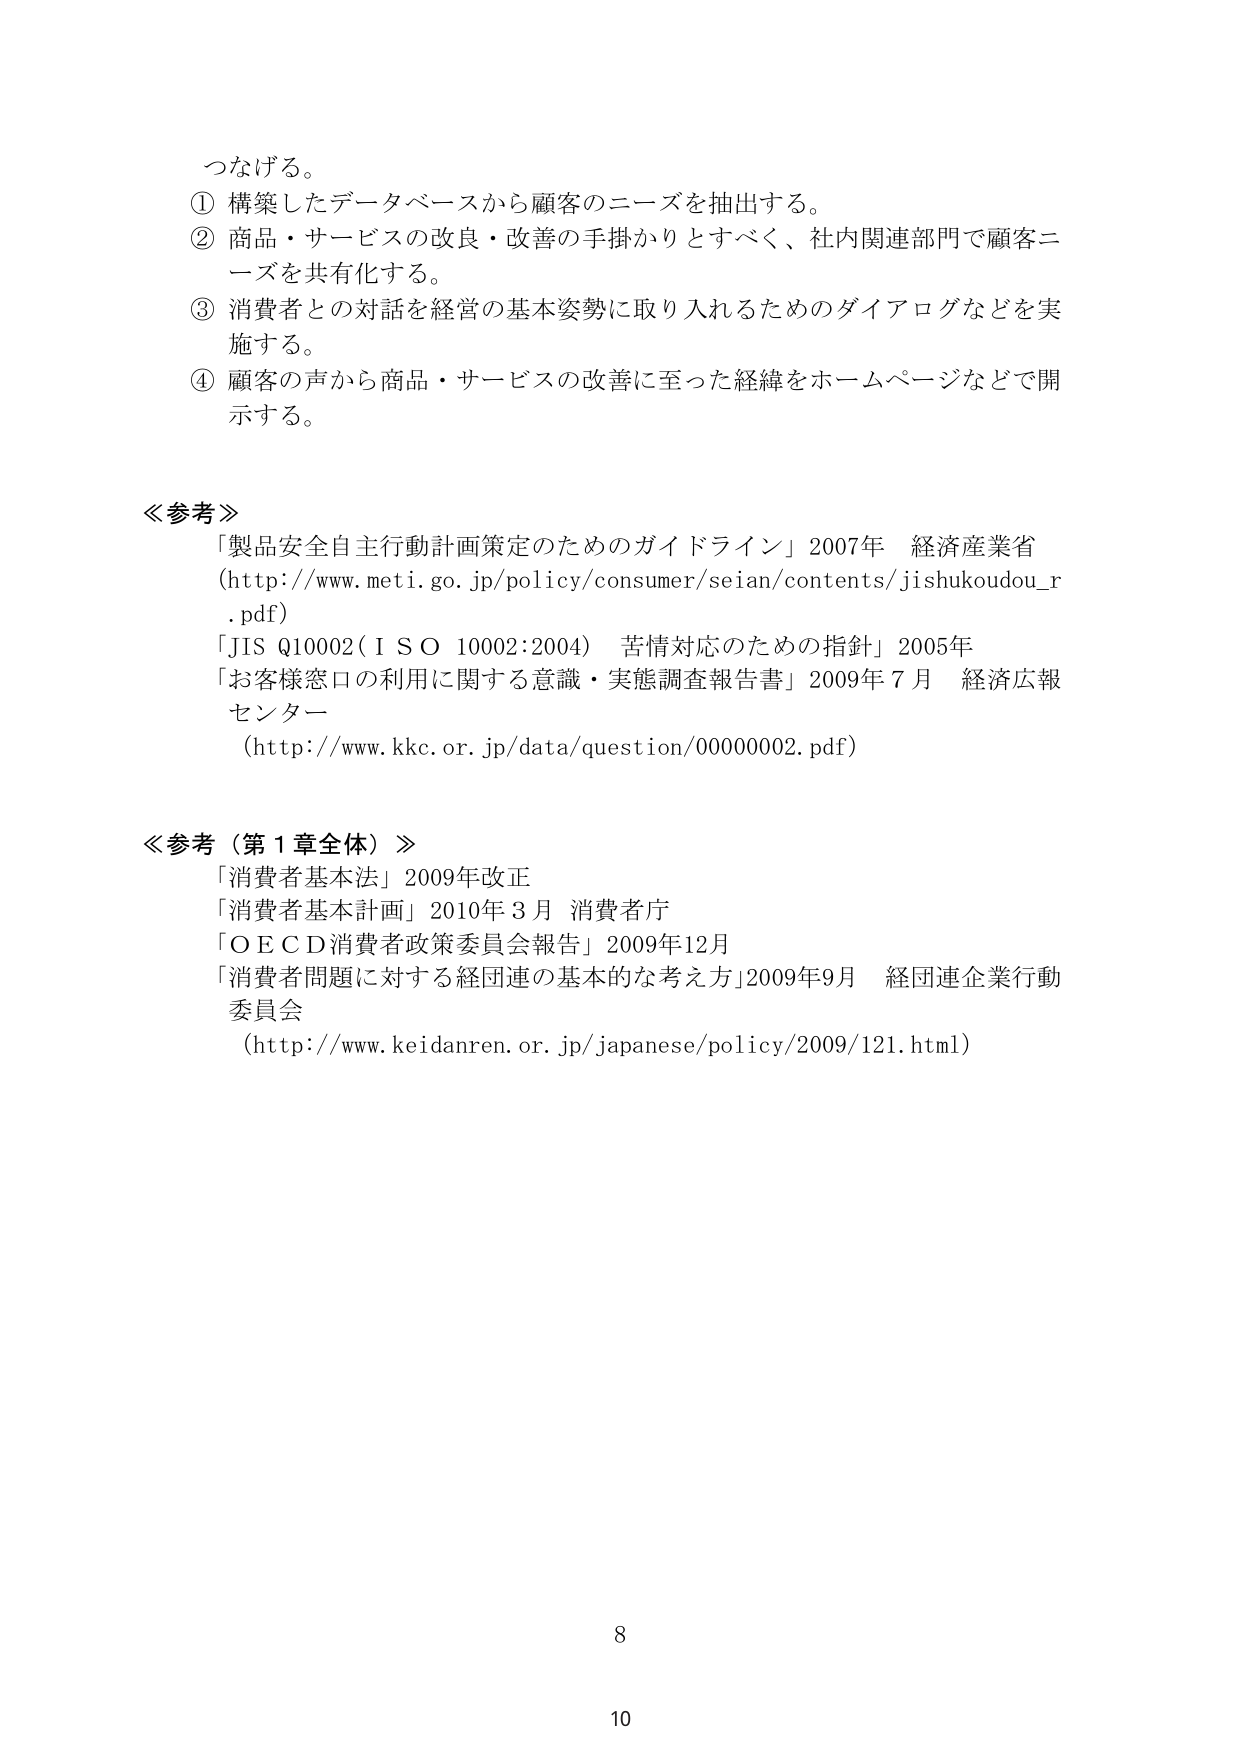
つなげる。
① 構築したデータベースから顧客のニーズを抽出する。
② 商品・サービスの改良・改善の手掛かりとすべく、社内関連部門で顧客ニーズを共有化する。
③ 消費者との対話を経営の基本姿勢に取り入れるためのダイアログなどを実施する。
④ 顧客の声から商品・サービスの改善に至った経緯をホームページなどで開示する。

≪参考≫
「製品安全自主行動計画策定のためのガイドライン」2007年 経済産業省
(http://www.meti.go.jp/policy/consumer/seian/contents/jishukoudou_r.pdf)
「JIS Q10002（ISO 10002:2004） 苦情対応のための指針」2005年
「お客様窓口の利用に関する意識・実態調査報告書」2009年7月 経済広報センター
(http://www.kkc.or.jp/data/question/0000002.pdf)

≪参考（第1章全体）≫
「消費者基本法」2009年改正
「消費者基本計画」2010年3月 消費者庁
「OECD消費者政策委員会報告」2009年12月
「消費者問題に対する経団連の基本的な考え方」2009年9月 経団連企業行動委員会
(http://www.keidanren.or.jp/japanese/policy/2009/121.html)

8
10